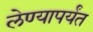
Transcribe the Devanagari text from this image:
लेण्यापर्यंत